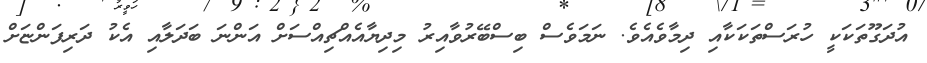
އުދަގޫތަކަކީ ހުރަސްތަކަކާއި ދިމާވެއެވެ. ނަމަވެސް ބިސްބޭރުވާއިރު މިދިޔާއެއްޗިއްސަށް އަންނަ ބަދަލާއި އެކު ދަރިފަންޏަށް